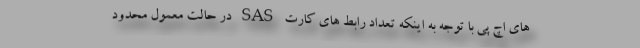
های اچ پی با توجه به اینکه تعداد رابط های کارت SAS در حالت معمول محدود